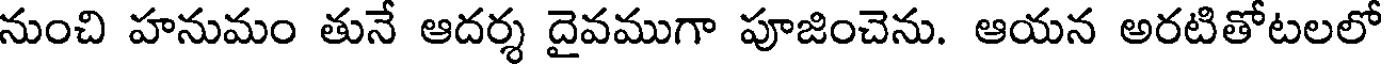
నుంచి హనుమం తునే ఆదర్శ దైవముగా పూజించెను. ఆయన అరటితోటలలో